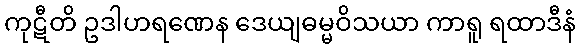
ကုဋီတိ ဥဒါဟရဏေန ဒေယျဓမ္မဝိသယာ ကာရူ ရထာဒီနံ